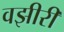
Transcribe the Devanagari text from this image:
वझीरी